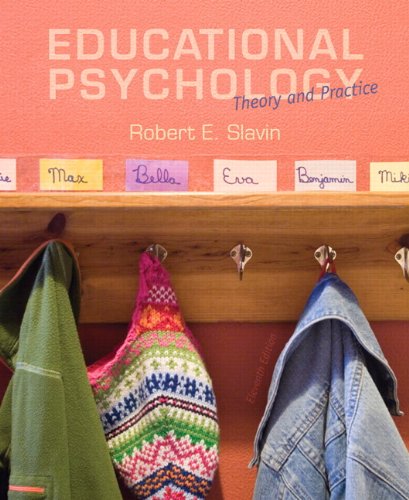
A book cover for Educational Psychology: Theory and Practice, Enhanced Pearson eText with Loose-Leaf Version -- Access Card Package (11th Edition); Robert E. Slavin; Education & Teaching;